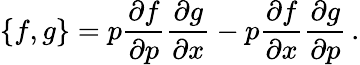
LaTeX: {\{ f,g\} }=p\frac{\partial f}{\partial p}\frac{\partial g}{\partial x}-p\frac{\partial f}{\partial x}\frac{\partial g}{\partial p}\, .